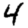
Digit: 4